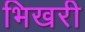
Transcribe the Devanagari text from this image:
भिखरी